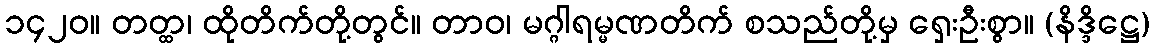
၁၄၂၀။ တတ္ထ၊ ထိုတိက်တို့တွင်။ တာဝ၊ မဂ္ဂါရမ္မဏတိက် စသည်တို့မှ ရှေးဦးစွာ။ (နိဒ္ဒိဋ္ဌေ)